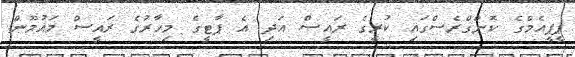
ޕީޕީއެމްގެ ކޮންގްރެސްގައި ކުރީގެ ރައީސް އަދި އެ ޕާޓީގެ މިހާރުގެ ރައީސް މައުމޫން